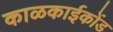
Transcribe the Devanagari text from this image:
काळकाईकोंड